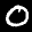
Label: 0